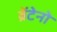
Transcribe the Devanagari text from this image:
ब्रेंटेनो